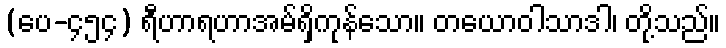
(ပေ-၄၅၄) ရီဟာရဟာအမ်ရှိကုန်သော။ တယောဝါသာဒါ၊ တို့သည်။